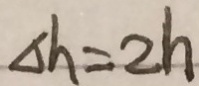
\Delta h = 2 h